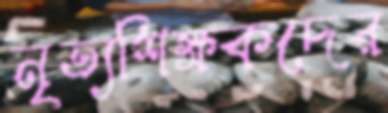
নৃত্যশিক্ষকদের